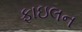
ફાઇલન